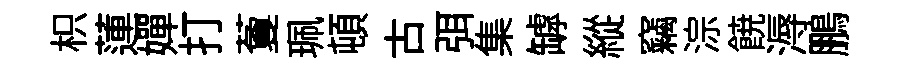
枳蓮嬋打藑珮頓古弭集罅縱竊淙𩜙溽鵬